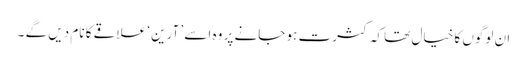
ان لوگوں کا خیال تھا کہ کثرت ہو جانے پر وہ اسے ’ آرین ‘ علاقے کا نام دیں گے ۔